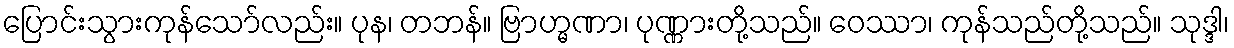
ပြောင်းသွားကုန်သော်လည်း။ ပုန၊ တဘန်။ ဗြာဟ္မဏာ၊ ပုဏ္ဏားတို့သည်။ ဝေဿာ၊ ကုန်သည်တို့သည်။ သုဒ္ဒါ၊